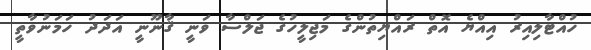
ހުއްޓާލިއިރު އިއްޔެ އޮތް ރައްޔިތުންގެ މަޖިލީހުގެ ޖަލްސާ ވަނީ ޤާނޫނީ އަދަދު ހަމަނުވާތީ